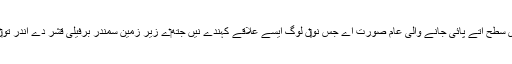
منتشر میدان یوروپا دی سطح اُتے پائی جانے والی عام صورت اے جس نو‏‏ں لوگ ایسے علاقے کہندے نيں جتھ‏ے زیر زمین سمندر برفیلی قشر دے اندر تو‏ں پگھل گئے ہون گے۔